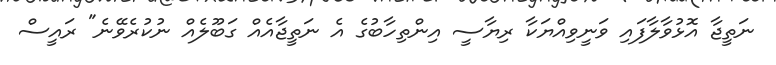
ނަތީޖާ އޮޅުވާލާފައި ވަނީވިއްޔަކާ ރިޔާސީ އިންތިހާބުގެ އެ ނަތީޖާއެއް ގަބޫލެއް ނުކުރެވޭނެ" ރައީސް